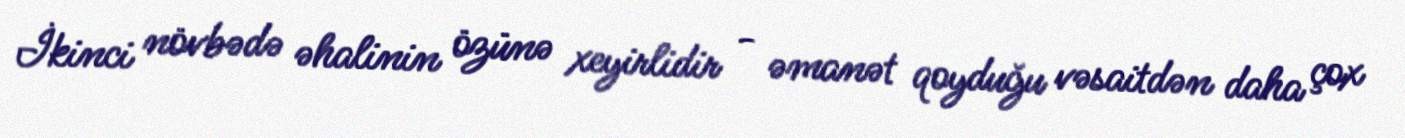
İkinci növbədə əhalinin özünə xeyirlidir - əmanət qoyduğu vəsaitdən daha çox